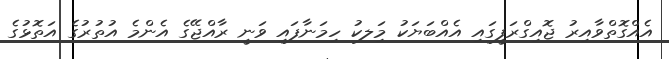
އެއްގޮތްވާއިރު ޖޮއިގްރަފީގައި އެއްބަޔަކު މަިލކު ހިމަނާފައި ވަނީ ރާއްޖޭގެ އެންމެ އުތުރުގެ އަތޮޅުގެ